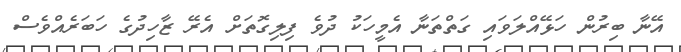
އޭނާ ބިރުން ހަޅޭއްލަވައި ގަތްތަނާ އެމީހަކު ދުވެ ފިލިގޮތަށް އެރޭ ޒާހިދުގެ ހަބަރެއްވެސް